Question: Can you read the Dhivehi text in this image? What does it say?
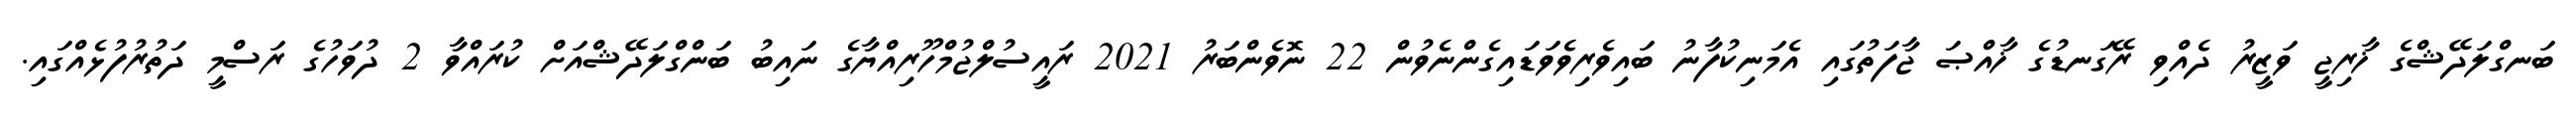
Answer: ބަނގްލަދޭޝްގެ ޚާރިޖީ ވަޒީރު ދެއްވި ރޭގަނޑުގެ ޚާއްޞަ ޖާފަތުގައި އެމަނިކުފާނު ބައިވެރިވެވަޑައިގެންނެވުން 22 ނޮވެންބަރު 2021 ރައީސުލްޖުމްހޫރިއްޔާގެ ނައިބު ބަންގްލަދޭޝްއަށް ކުރައްވާ 2 ދުވަހުގެ ރަސްމީ ދަތުރުފުޅެއްގައި.